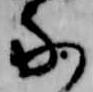
な